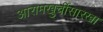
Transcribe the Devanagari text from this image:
आरामखुर्चीसारखा